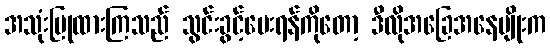
အသုံးပြုထားကြသည် သွင်းခွင့်ပေးရန်ကိုတော့ ဒီလိုအခြေအနေမျိုးက